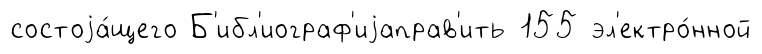
состоjа́щего Б'ибл'иограф'иjаправ'ить 155 эл'ектро́нной